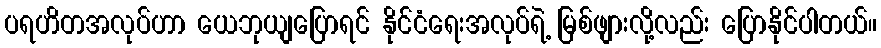
ပရဟိတအလုပ်ဟာ ယေဘုယျပြောရင် နိုင်ငံရေးအလုပ်ရဲ့ မြစ်ဖျားလို့လည်း ပြောနိုင်ပါတယ်။